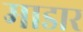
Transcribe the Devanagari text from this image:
माडार